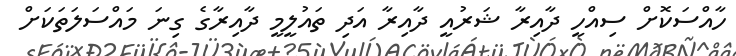
ހާއްސަކޮށް ސިއްހީ ދާއިރާ ޝަރުއީ ދާއިރާ އަދި ތައުލީމީ ދާއިރާގެ ގިނަ މައްސަލަތަކަށް